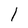
Character: 1